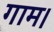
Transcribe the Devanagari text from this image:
गाम।